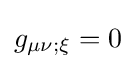
g_{\mu \nu ;\xi }=0